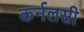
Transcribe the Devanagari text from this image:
कर्नलसी